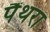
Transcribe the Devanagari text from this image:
पैंथरा